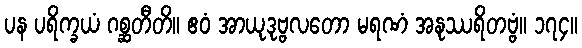
ပန ပရိက္ခယံ ဂစ္ဆတီတိ။ ဧဝံ အာယုဒုဗ္ဗလတော မရဏံ အနုဿရိတဗ္ဗံ။ ၁၇၄။